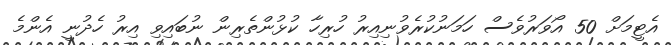
އެޓީމަށް 50 އޯވަރުވެސް ހަމަނުކުރެވުނިއިރު ހުރިހާ ކުޅުންތެރިން ނުބައިވި އިރު ހެދުނީ އެންމެ